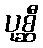
ပုစ္ဆီ